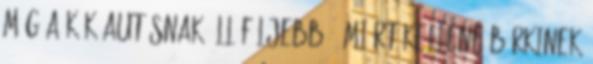
még a kék autósnak áll följebb?: Miért kellene bárkinek